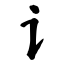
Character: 讠